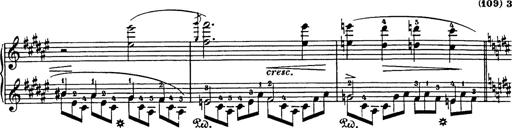
Title: Impromptu
Composer: JosÃ© MarÃ­a Usandizaga
Key: A major